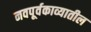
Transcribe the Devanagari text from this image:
नवपूर्वकाव्यातील